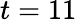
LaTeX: t=11